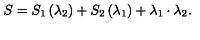
S = S _ { 1 } \left( \lambda _ { 2 } \right) + S _ { 2 } \left( \lambda _ { 1 } \right) + \lambda _ { 1 } \cdot \lambda _ { 2 } .